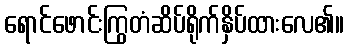
ရောင်ဖောင်းကြွတံဆိပ်ရိုက်နှိပ်ထားလေ၏။